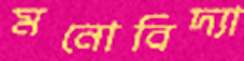
মনোবিদ্যা